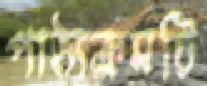
পাঠ্যক্রমটি